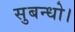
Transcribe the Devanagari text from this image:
सुबन्‍धो।